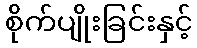
စိုက်ပျိုးခြင်းနှင့်